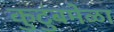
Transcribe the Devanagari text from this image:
कुटुंबमेळा